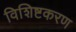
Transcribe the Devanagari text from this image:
विशिष्टकरण